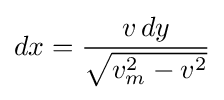
dx={\frac {v\,dy}{\sqrt {v_{m}^{2}-v^{2}}}}